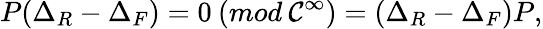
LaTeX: P(\Delta_{R}-\Delta_{F})=0\: (mod\: {\cal C}^{\infty})=(\Delta_{R}-\Delta_{F})P,